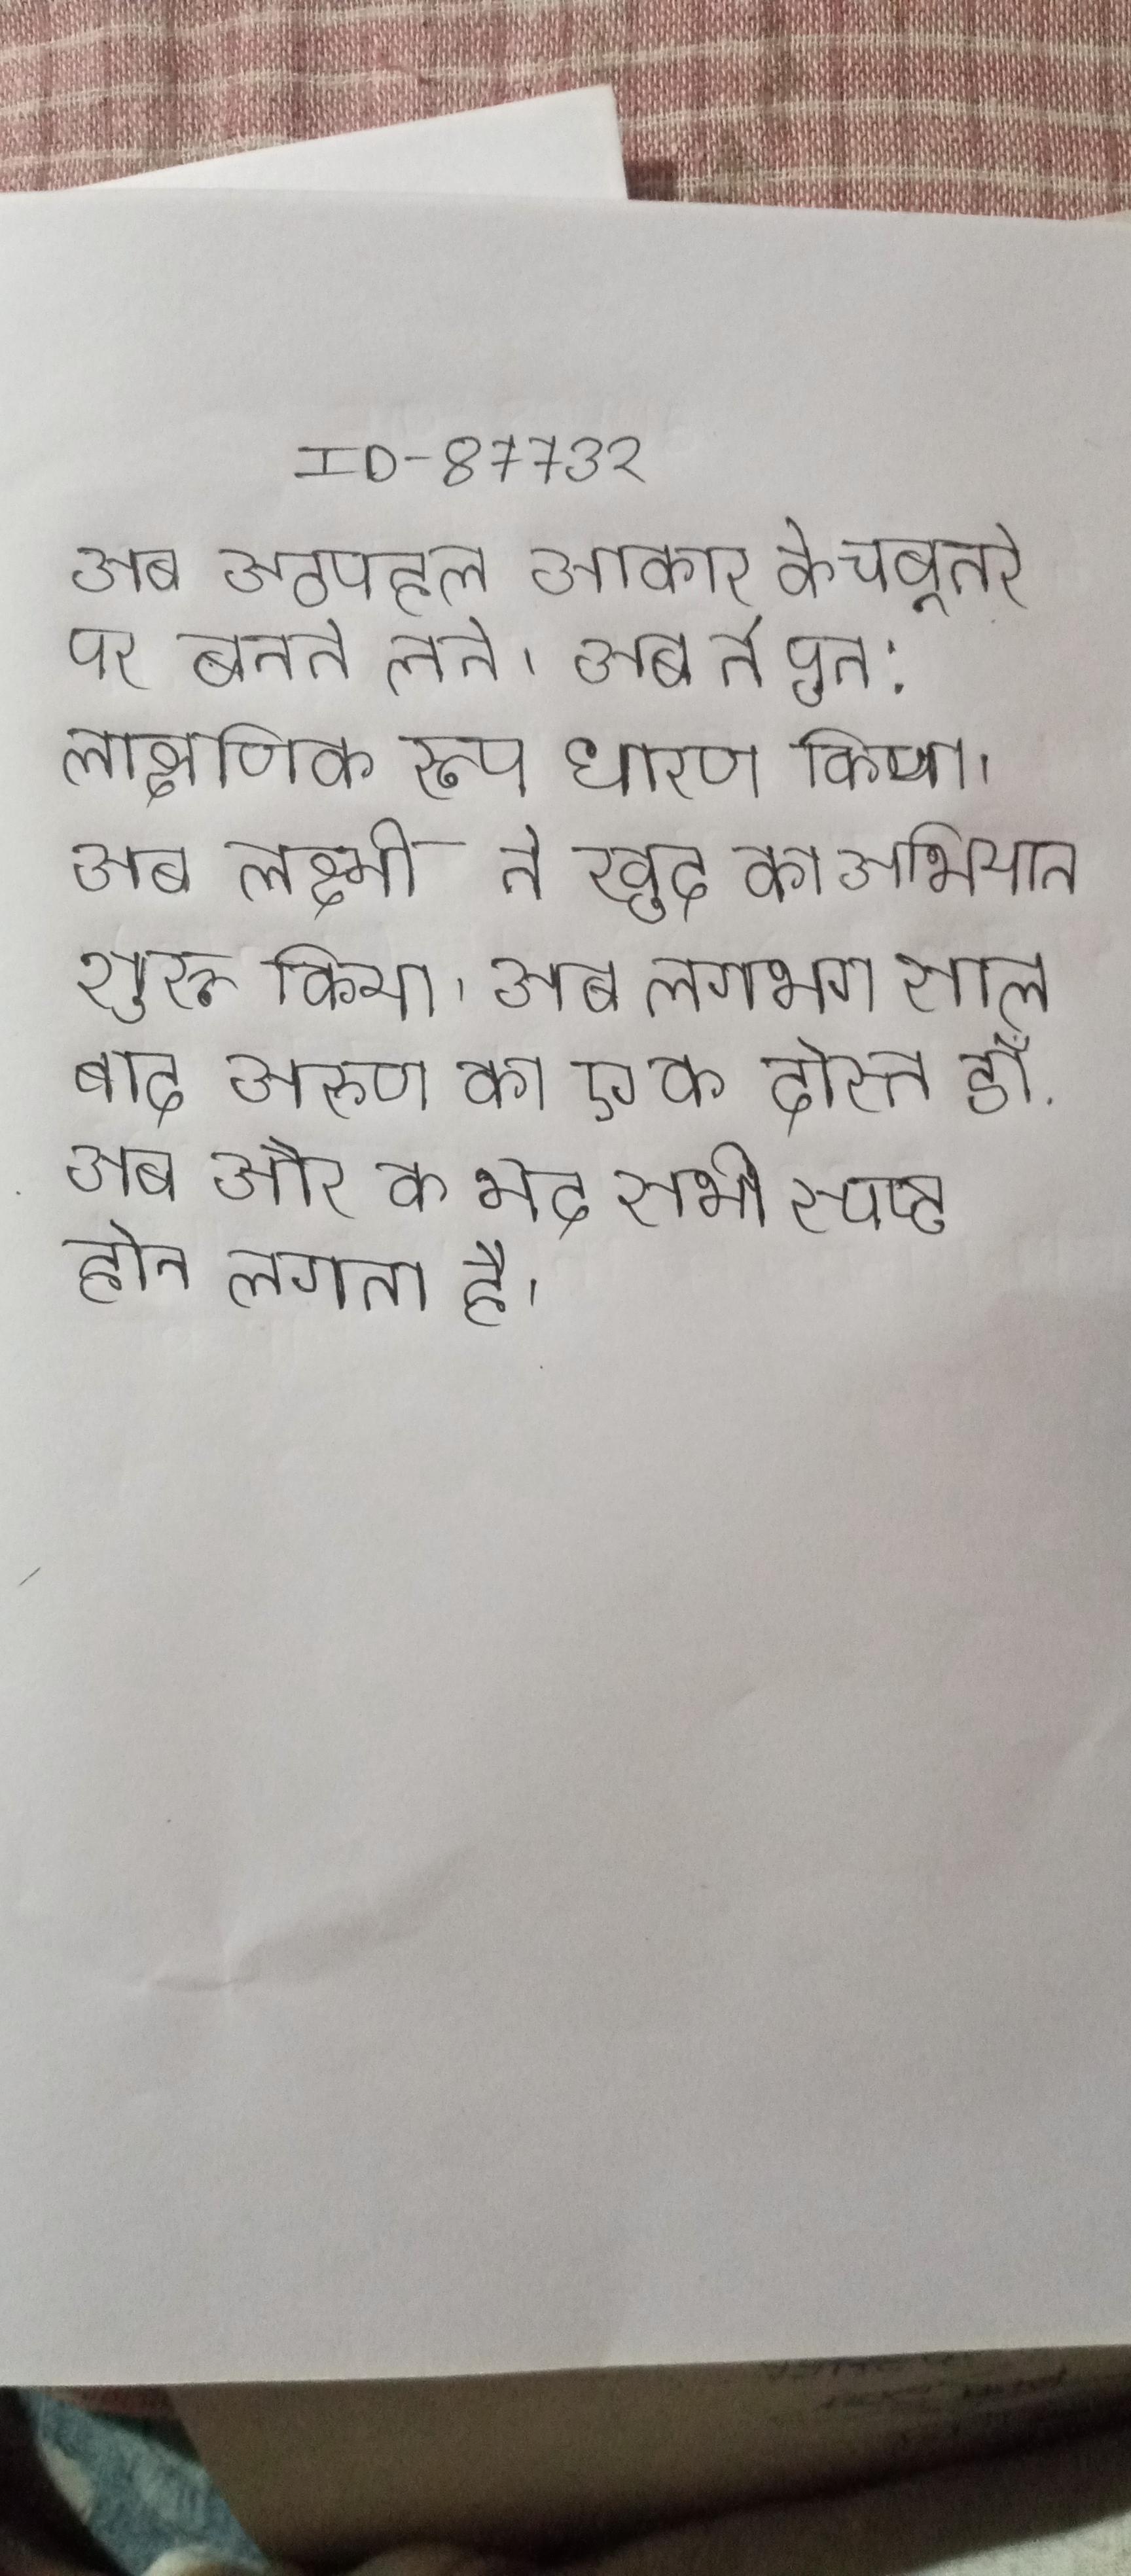
अब अठपहल आकार के चबूतरे पर बनने लगे । अब ने पुन: लाक्षणिक रूप धारण किया । अब लक्ष्मी ने खुद का अभियान शुरू किया । अब लगभग साल बाद अरुण का एक दोस्त डॉ . अब और का भेद सभी स्पष्ट होने लगता है ।